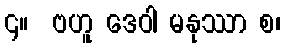
၄။  ဗဟူ ဒေဝါ မနုဿာ စ၊